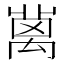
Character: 𥝄